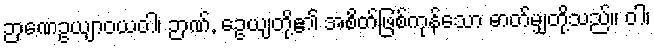
ဉာဏေဥယျာဝယဝါ၊ ဉာဏ်, ေဥယျတို့၏ အစိတ်ဖြစ်ကုန်သော ဓာတ်မျှတို့သည်။ ဝါ၊